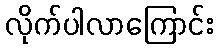
လိုက်ပါလာကြောင်း